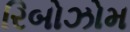
રિબોઝોમ